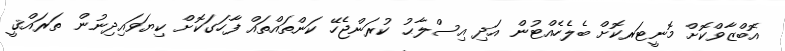
އޮބްޒާވްކޮށް މޮނީޓަރކޮށް ބެލެހެއްޓުން އަދި އިސްލާޙު ކުރަންޖެހޭ ކަންތައްތައް ފާހަގަކޮށް ކިޔަވައިދިނުން ތަރައްޤީ